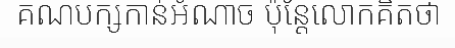
គណបក្សកាន់អំណាច ប៉ុន្តែលោកគិតថា